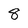
Character: 8